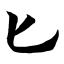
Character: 匕